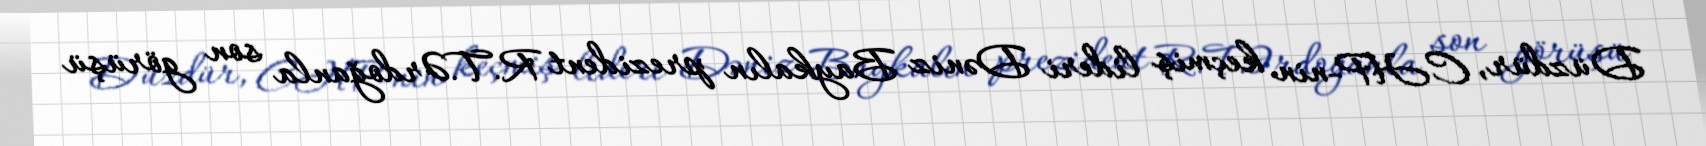
Düzdür, CHP-nin keçmiş lideri Dəniz Baykalın prezident R.T.Ərdoğanla son görüşü